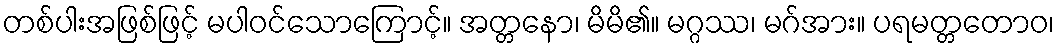
တစ်ပါးအဖြစ်ဖြင့် မပါဝင်သောကြောင့်။ အတ္တနော၊ မိမိ၏။ မဂ္ဂဿ၊ မဂ်အား။ ပရမတ္တတောဝ၊